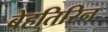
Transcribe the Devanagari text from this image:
बेहतिरिन